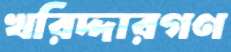
খরিদ্দারগণ